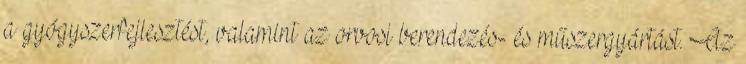
a gyógyszerfejlesztést, valamint az orvosi berendezés- és műszergyártást. Az